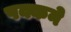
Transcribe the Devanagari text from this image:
पक्कने